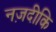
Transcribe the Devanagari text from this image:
नज़दीकि